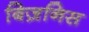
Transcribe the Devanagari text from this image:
बिज़निस